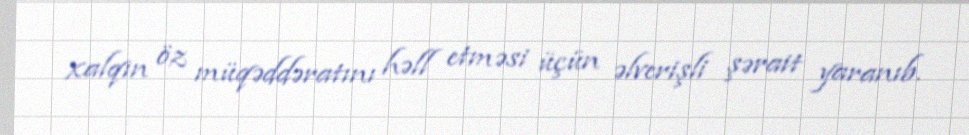
xalqın öz müqəddəratını həll etməsi üçün əlverişli şərait yaranıb.